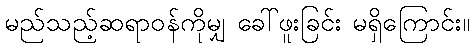
မည်သည့်ဆရာဝန်ကိုမျှ ခေါ်ဖူးခြင်း မရှိကြောင်း။